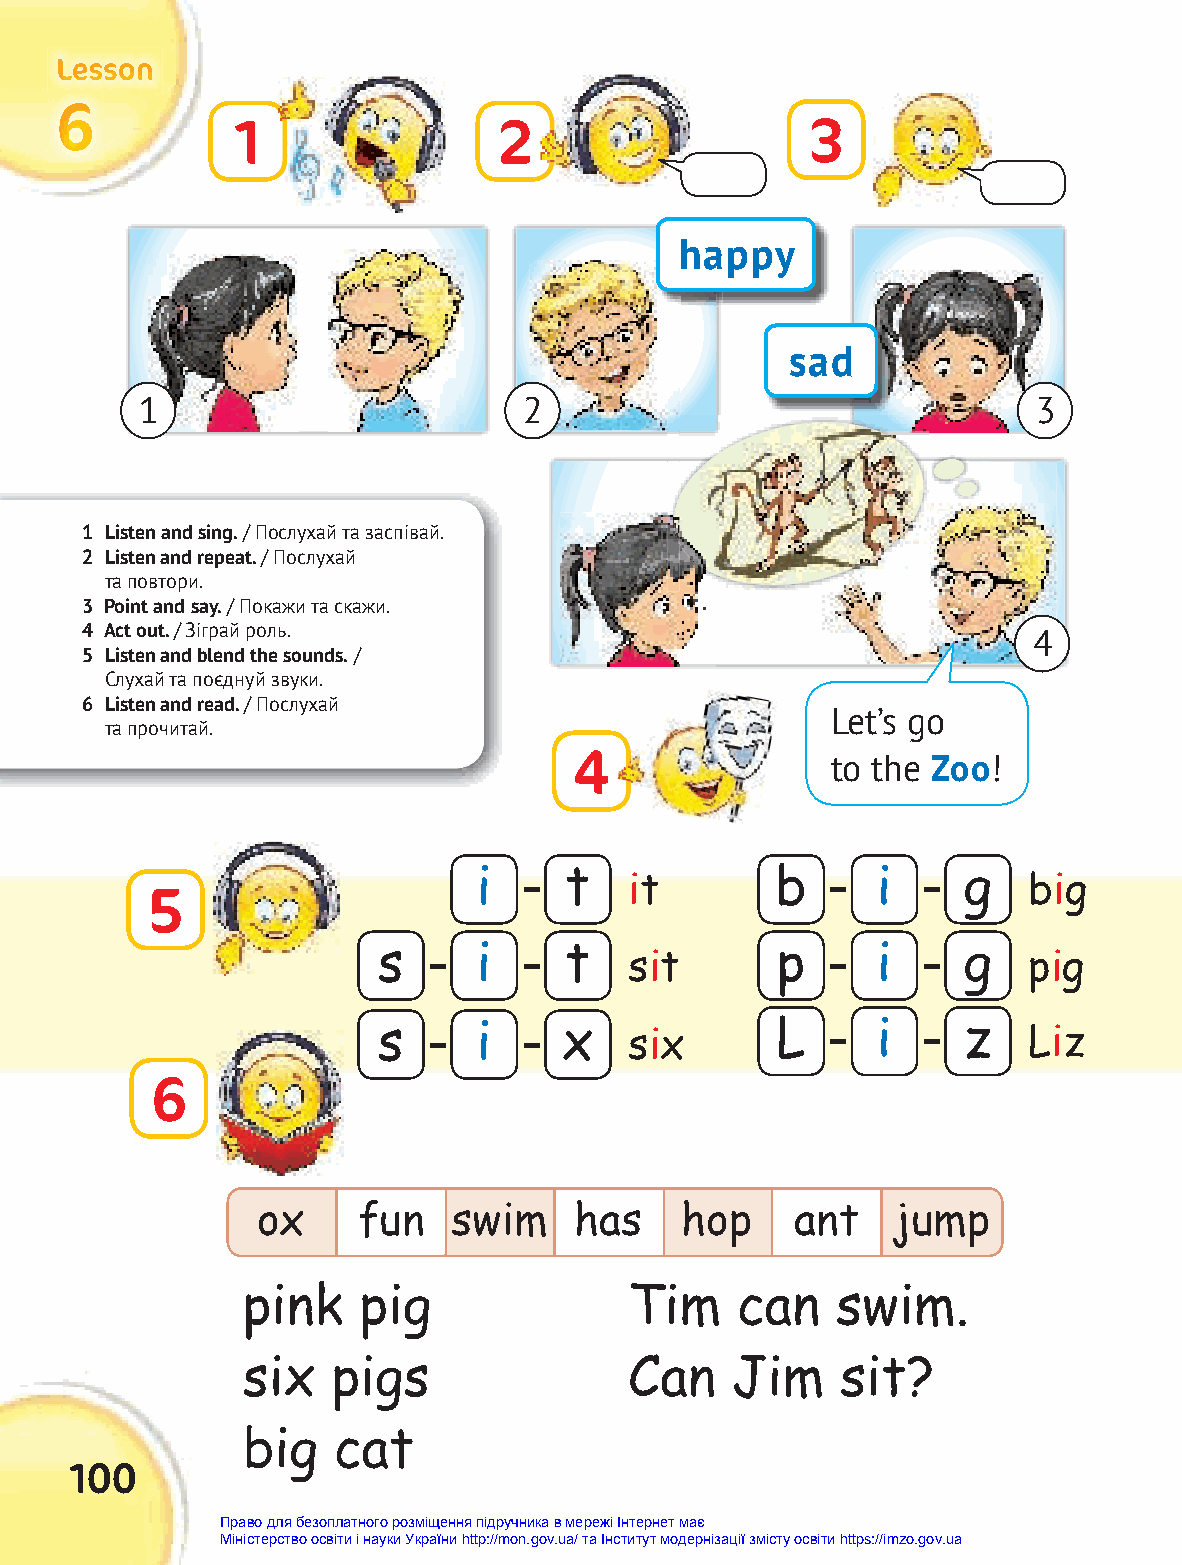
LLLeeessssssooonnn
 666
 1                2                   3
 happy
 sad
 1                         2                                 3
 1 Listen and sing. / Послухай та заспівай.
 2 Listen and repeat. / Послухай
 та повтори.
 3 Point and say. / Покажи та скажи.
 4 Act out. / Зіграй роль.                                      4
 5 Listen and blend the sounds. /
 Слухай та поєднуй звуки.
 6 Listen and read. / Послухай
 Let’s go
 та прочитай.
 4                to the Zoo!
 i    t             b      i     g
 it                        big
 5
 s      i    t             p      i     g
 sit                       pig
 s      i    x    six      L      i     z   Liz
 6
 ox     fun   swim    has    hop     ant   jump
 pink    pig               Tim    can   swim.
 six   pigs                Can   Jim     sit?
 big   cat
 100
 Право для безоплатного розміщення підручника в мережі Інтернет має
 Міністерство освіти і науки України http://mon.gov.ua/ та Інститут модернізації змісту освіти https://imzo.gov.ua